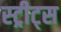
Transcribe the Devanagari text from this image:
स्ट्रीट्‌स